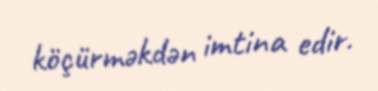
köçürməkdən imtina edir.